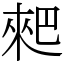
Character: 𠌊